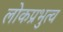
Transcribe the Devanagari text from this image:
लोकप्रभुत्व